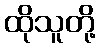
ထိုသူတို့